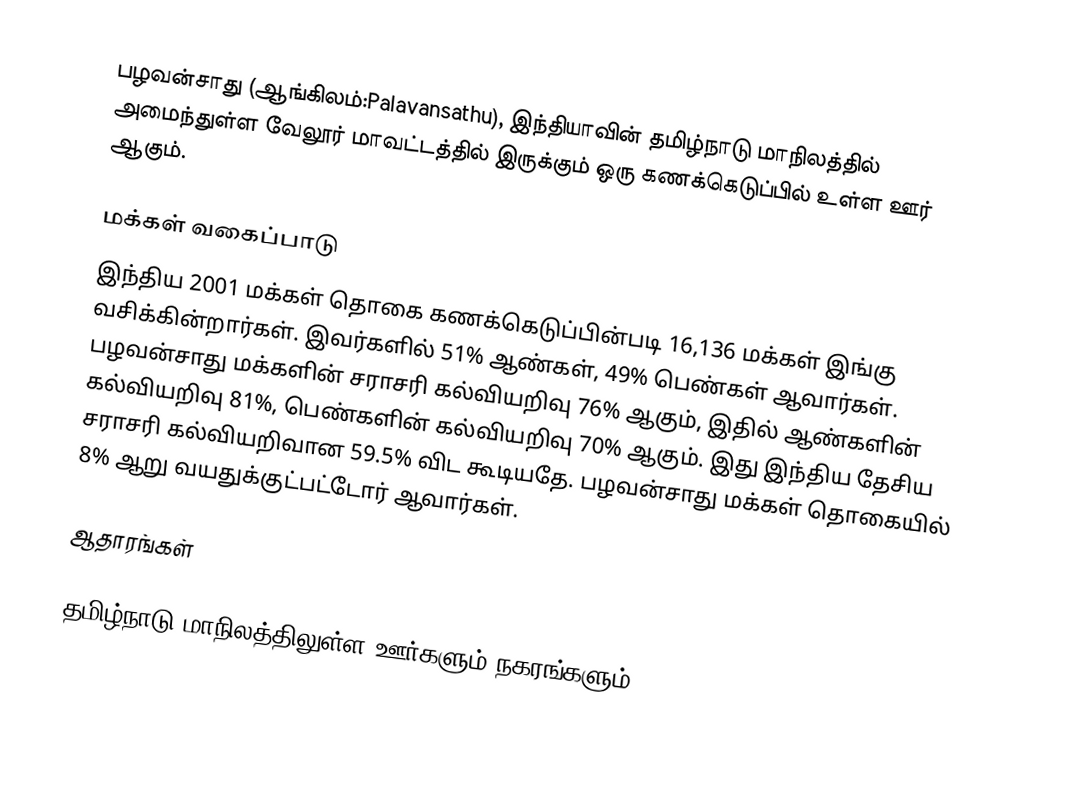
பழவன்சாது (ஆங்கிலம்:Palavansathu), இந்தியாவின் தமிழ்நாடு மாநிலத்தில் அமைந்துள்ள வேலூர் மாவட்டத்தில் இருக்கும் ஒரு கணக்கெடுப்பில் உள்ள ஊர்  ஆகும்.

மக்கள் வகைப்பாடு
இந்திய 2001 மக்கள் தொகை கணக்கெடுப்பின்படி 16,136 மக்கள் இங்கு வசிக்கின்றார்கள். இவர்களில் 51% ஆண்கள், 49% பெண்கள் ஆவார்கள். பழவன்சாது மக்களின் சராசரி கல்வியறிவு 76% ஆகும்,  இதில் ஆண்களின் கல்வியறிவு 81%,  பெண்களின் கல்வியறிவு 70% ஆகும். இது இந்திய தேசிய சராசரி கல்வியறிவான 59.5% விட கூடியதே. பழவன்சாது மக்கள் தொகையில் 8%  ஆறு வயதுக்குட்பட்டோர் ஆவார்கள்.

ஆதாரங்கள்

 தமிழ்நாடு மாநிலத்திலுள்ள ஊர்களும் நகரங்களும்